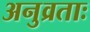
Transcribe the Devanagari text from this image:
अनुव्रताः